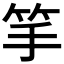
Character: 𥬄